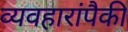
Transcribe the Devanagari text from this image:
व्यवहारांपैकी